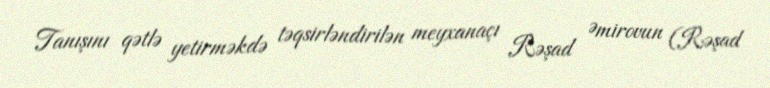
Tanışını qətlə yetirməkdə təqsirləndirilən meyxanaçı Rəşad Əmirovun (Rəşad